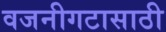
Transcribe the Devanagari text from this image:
वजनीगटासाठी